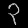
Digit: ၃